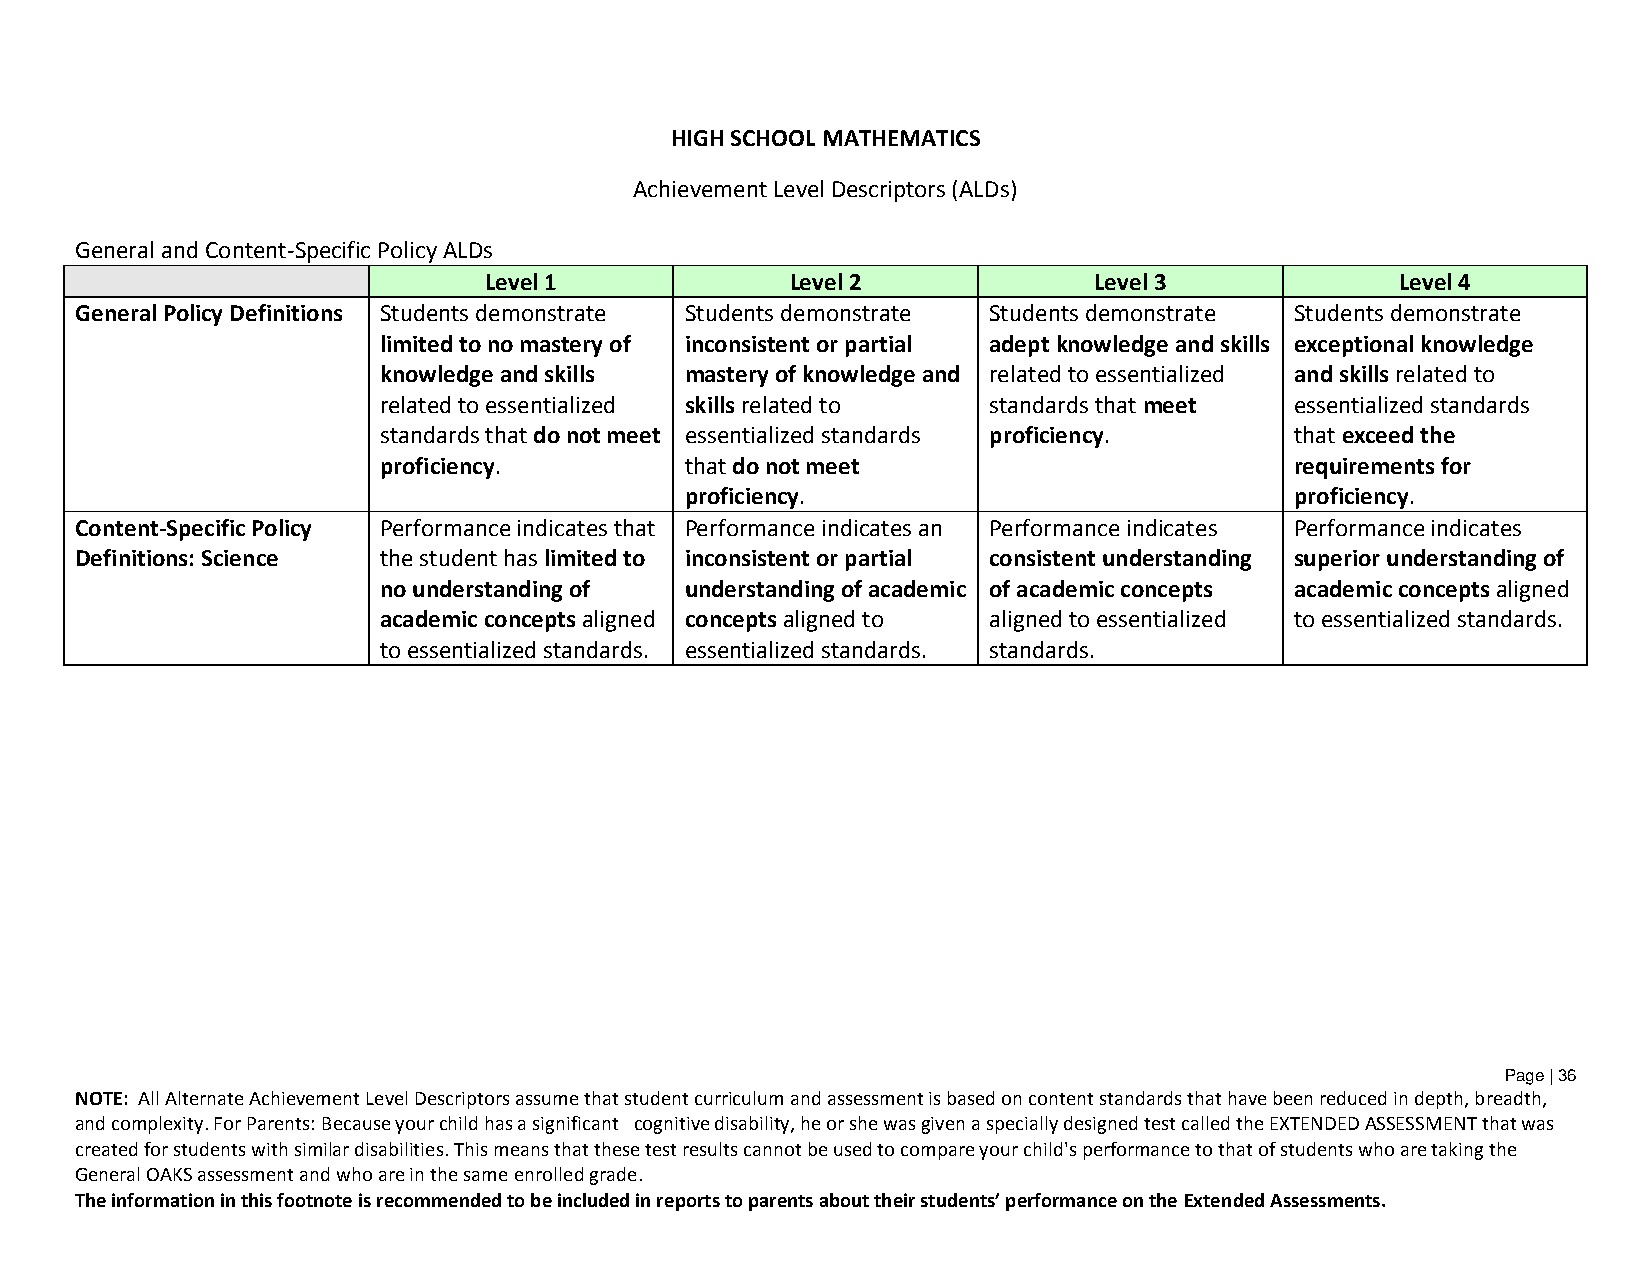
HIGH SCHOOL MATHEMATICS
 Achievement Level Descriptors (ALDs)
 General and Content-Specific Policy ALDs
 Level 1             Level 2             Level 3              Level 4
 General Policy Definitions Students demonstrate Students demonstrate Students demonstrate Students demonstrate
 limited to no mastery of inconsistent or partial adept knowledge and skills exceptional knowledge
 knowledge and skills mastery of knowledge and related to essentialized and skills related to
 related to essentialized skills related to standards that meet essentialized standards
 standards that do not meet essentialized standards proficiency. that exceed the
 proficiency.        that do not meet                         requirements for
 proficiency.                             proficiency.
 Content-Specific Policy Performance indicates that Performance indicates an Performance indicates Performance indicates
 Definitions: Science the student has limited to inconsistent or partial consistent understanding superior understanding of
 no understanding of understanding of academic of academic concepts academic concepts aligned
 academic concepts aligned concepts aligned to aligned to essentialized to essentialized standards.
 to essentialized standards. essentialized standards. standards.
 Page | 36
 NOTE: All Alternate Achievement Level Descriptors assume that student curriculum and assessment is based on content standards that have been reduced in depth, breadth,
 and complexity. For Parents: Because your child has a significant cognitive disability, he or she was given a specially designed test called the EXTENDED ASSESSMENT that was
 created for students with similar disabilities. This means that these test results cannot be used to compare your child's performance to that of students who are taking the
 General OAKS assessment and who are in the same enrolled grade.
 The information in this footnote is recommended to be included in reports to parents about their students’ performance on the Extended Assessments.